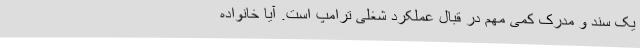
یک سند و مدرک کمی مهم در قبال عملکرد شغلی ترامپ است. آیا خانواده